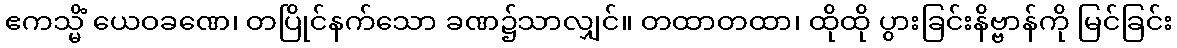
ဧကသ္မိံ ယေဝခဏေ၊ တပြိုင်နက်သော ခဏ၌သာလျှင်။ တထာတထာ၊ ထိုထို ပွားခြင်းနိဗ္ဗာန်ကို မြင်ခြင်း